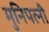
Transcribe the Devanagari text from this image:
मुनिपत्‍नी